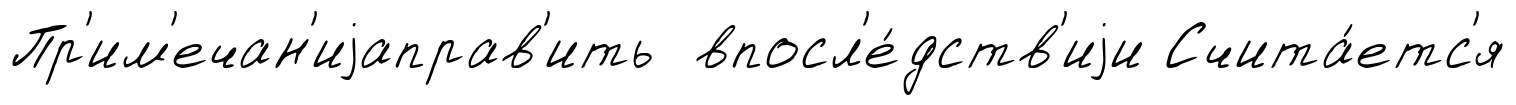
Пр'им'ечан'иjаправ'ить впосл'е́дств'иjи Счита́етс'я